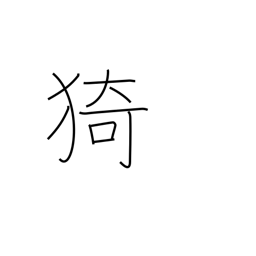
Meaning: luxuriant growth